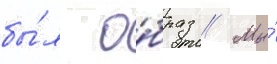
бы́л о́браз // Мы́